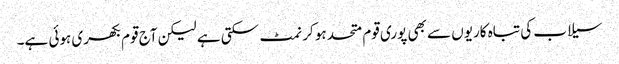
سیلاب کی تباہ کاریوں سے بھی پوری قوم متحد ہو کر نمٹ سکتی ہے لیکن آج قوم بکھری ہوئی ہے۔